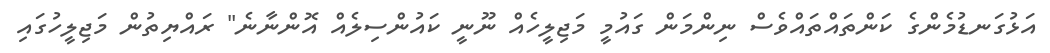
އަޅުގަނޑުމެންގެ ކަންތައްތައްވެސް ނިންމަން ގައުމީ މަޖިލީހެއް ނޫނީ ކައުންސިލެއް އޮންނާނެ" ރައްޔިތުން މަޖިލީހުގައި